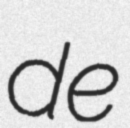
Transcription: de